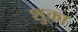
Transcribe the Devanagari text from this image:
शुका